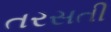
તરસતી